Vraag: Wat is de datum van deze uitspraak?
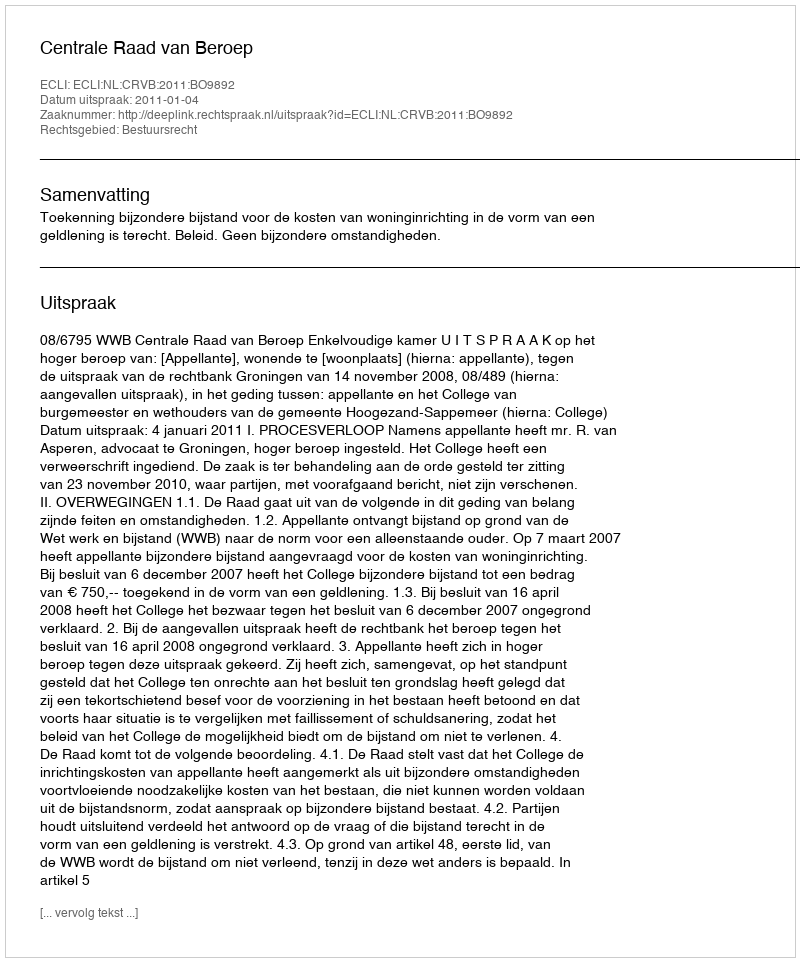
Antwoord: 2011-01-04